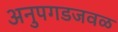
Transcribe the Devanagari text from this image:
अनुपगडजवळ